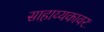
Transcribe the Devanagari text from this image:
साहाय्यकावर